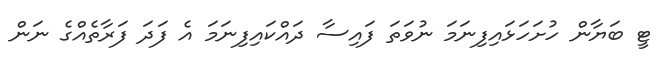
ޓީ ބަޔާން ހުށަހަޅައިފިނަމަ ނުވަތަ ފައިސާ ދައްކައިފިނަމަ އެ ފަދަ ފަރާތެއްގެ ނަން